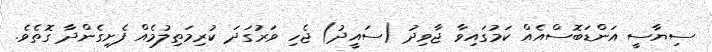
ސިޔާސީ އަންޑަބޮސްއެއް ކަމުގައިވާ ޖާވިދު (ސައީދު) ޖެހި ވަރުގަދަ ކުރިމަތިލުމެއް ފެށިގެންދާ ގޮތެވެ.